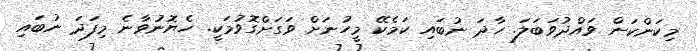
މިކަންކަން ވައްދުވަބަލަ. ހާދަ ނުބައި ކަމެކޭ މީހުނަށް ވަގަށްގޮވުމަކީ. ހެޔޮނުވާނެ މިފަދަ ނުބައި